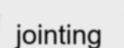
jointing